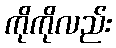
ကိုကိုလည်း